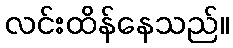
လင်းထိန်နေသည်။